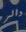
دالر